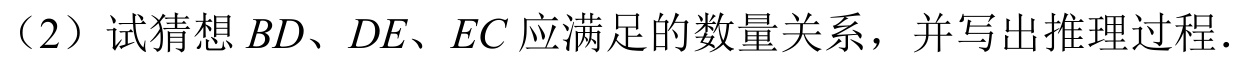
（2）试猜想\(BD、DE、EC\)应满足的数量关系，并写出推理过程．